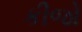
કીજો